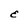
Character: E